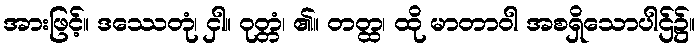
အားဖြင့်။ ဒဿေတုံ၊ ငှါ။ ဝုတ္တံ၊ ၏။ တတ္ထ၊ ထို မာတာဝါ အစရှိသောပါဌ်၌။